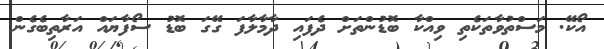
އޯކޭ. މަސްތުވާތަކެތި ވިއްކާ ބޮޑުންތަށް ދެފައި ދާމާލާފަ ގޭގަ ބޮޑު ސޯފާޔައް އަރާތިބެގެން